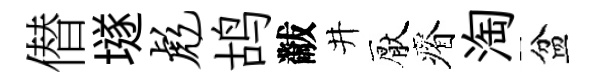
僣𡑞彪鸪黻井厭瘠淘盆